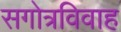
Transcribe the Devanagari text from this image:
सगोत्रविवाह